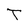
Character: T